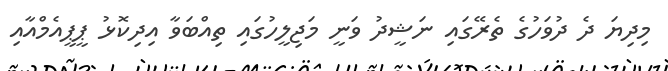
މިދިޔަ ދެ ދުވަހުގެ ތެރޭގައި ނަޝީދު ވަނީ މަޖިލީހުގައި ތިއްބަވާ އިދިކޮޅު ޕީޕީއެމްއާއި